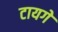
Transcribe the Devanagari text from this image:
टायगे